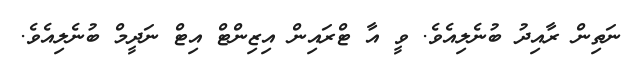
ނަތިން ރާއިދު ބުނެލިއެވެ. ވީ އާ ޓްރައިން އިޒިންޓް އިޓް ނަދީމް ބުނެލިއެވެ.